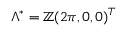
\Lambda ^ { * } = \mathbb { Z } ( 2 \pi , 0 , 0 ) ^ { T }